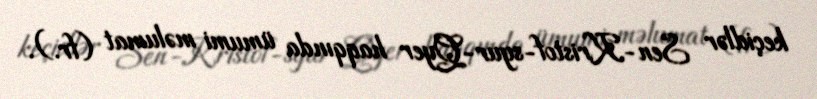
keçidlər Sen-Kristof-syur-Qyer haqqında ümumi məlumat (fr.).